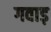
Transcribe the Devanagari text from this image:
गवाड़